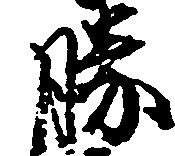
勝